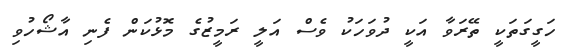
ހަގީގަތަކީ ތޭރަވާ އަކީ ދުވަހަކު ވެސް އަލީ ރަމީޒުގެ މޮޅުކަން ފެނި އާޝޯހުވި